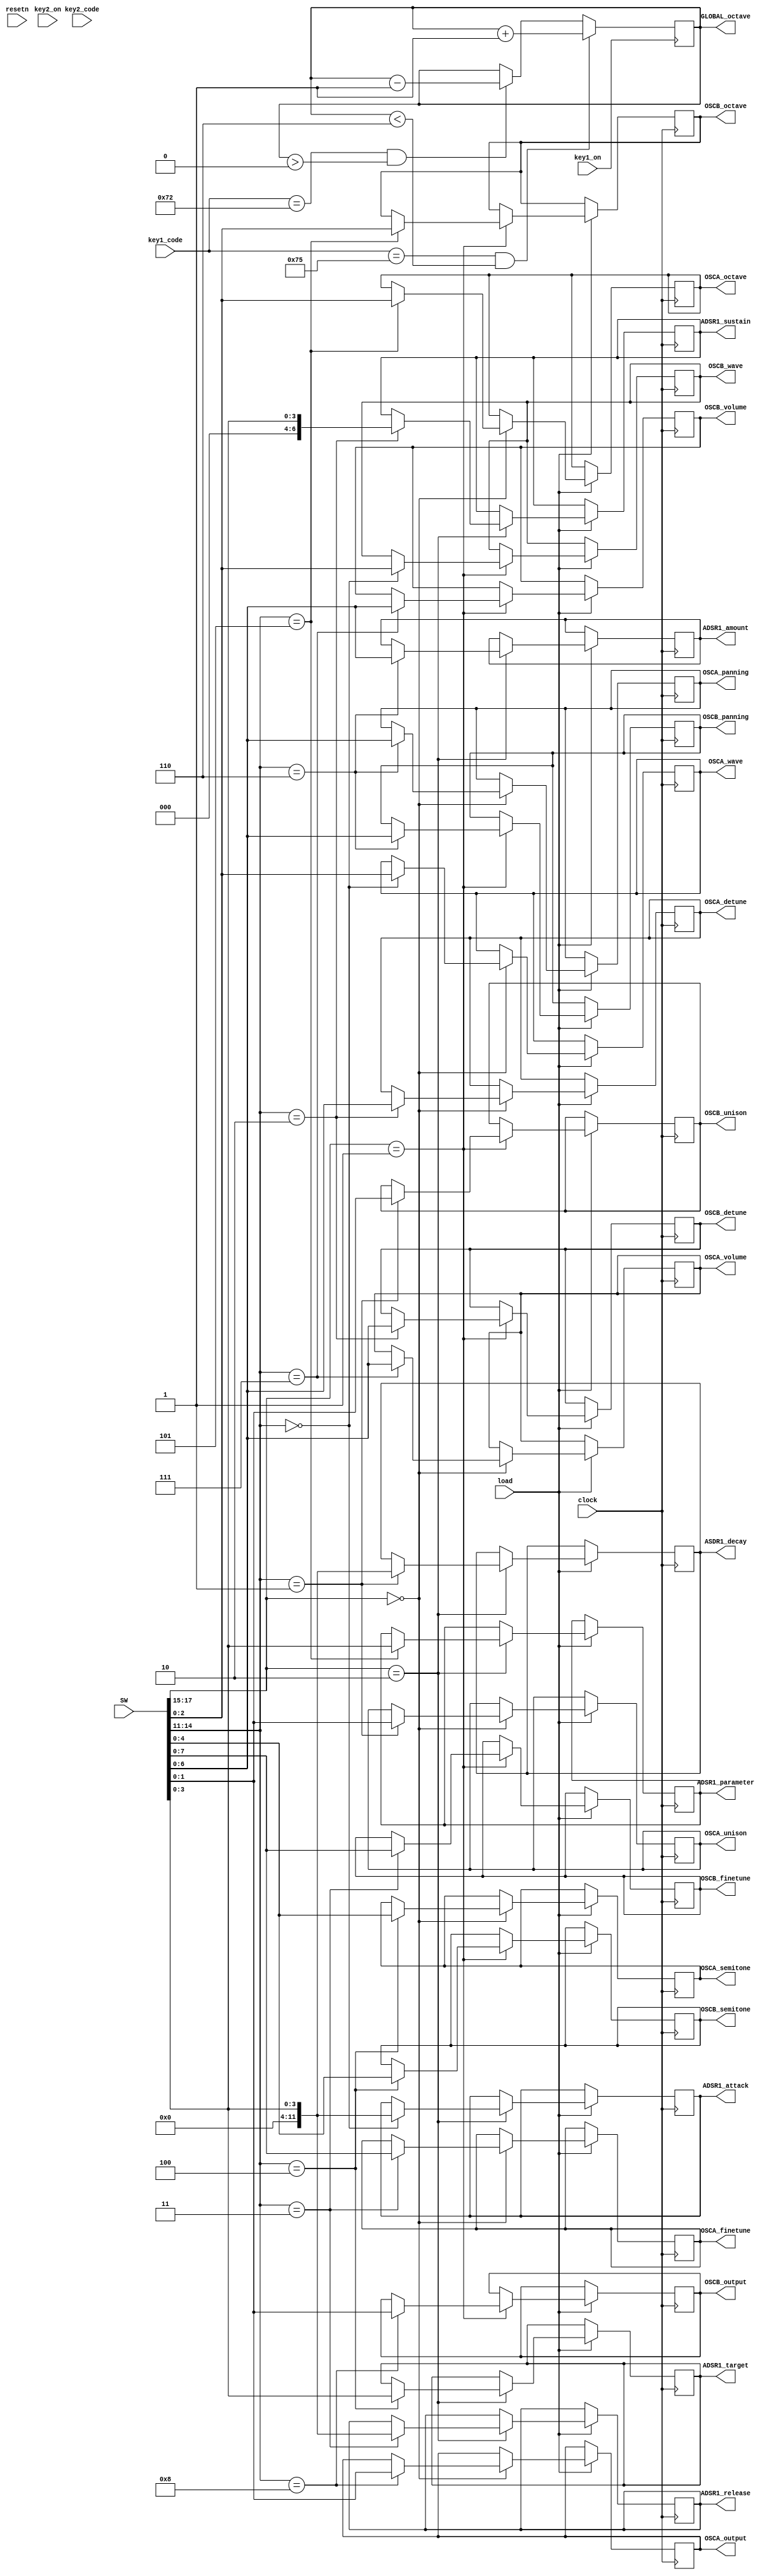
module synthesizer_state(input clock,
                         input [17:0] SW,
                         input load,                       // Active high
                         input resetn,                     // Active low
                         input key1_on,
                         input [7:0] key1_code,
                         input key2_on,
                         input [7:0] key2_code,
                         output reg [2:0] GLOBAL_octave,
                         output reg [2:0] OSCA_wave,
                         output reg [1:0] OSCA_unison,
                         output reg [6:0] OSCA_detune,
                         output reg [7:0] OSCA_finetune,
                         output reg [4:0] OSCA_semitone,
                         output reg [2:0] OSCA_octave,
                         output reg [6:0] OSCA_panning,
                         output reg [6:0] OSCA_volume,
                         output reg [1:0] OSCA_output,
                         output reg [2:0] OSCB_wave,
                         output reg [1:0] OSCB_unison,
                         output reg [6:0] OSCB_detune,
                         output reg [7:0] OSCB_finetune,
                         output reg [4:0] OSCB_semitone,
                         output reg [2:0] OSCB_octave,
                         output reg [6:0] OSCB_panning,
                         output reg [6:0] OSCB_volume,
                         output reg [1:0] OSCB_output,
                         output reg [11:0] ADSR1_attack,
                         output reg [11:0] ASDR1_decay,
                         output reg [6:0] ADSR1_sustain,
                         output reg [11:0] ADSR1_release,
                         output reg [3:0] ADSR1_target,
                         output reg [3:0] ADSR1_parameter,
                         output reg [6:0] ADSR1_amount);
    // Module selection types
    localparam
    SELECT_OSCA = 3'b000,
    SELECT_OSCB = 3'b001,
    SELECT_ASDR1 = 3'b010;
    
    // Oscillator selection types
    localparam
    SELECT_OSC_WAVE = 4'b0000,
    SELECT_OSC_UNISON = 4'b0001,
    SELECT_OSC_DETUNE = 4'b0010,
    SELECT_OSC_FINETUNE = 4'b0011,
    SELECT_OSC_SEMITONE = 4'b0100,
    SELECT_OSC_OCTAVE = 4'b0101,
    SELECT_OSC_PANNING = 4'b0110,
    SELECT_OSC_VOLUME = 4'b0111,
    SELECT_OSC_OUTPUT = 4'b1000;
    
    // ADSR selection types
    localparam
    SELECT_ADSR_ATTACK = 4'b0000,
    SELECT_ADSR_DECAY = 4'b0001,
    SELECT_ADSR_SUSTAIN = 4'b0010,
    SELECT_ADSR_RELEASE = 4'b0011,
    SELECT_ADSR_TARGET = 4'b0100,
    SELECT_ADSR_PARAM = 4'b0101,
    SELECT_ADSR_AMOUNT = 4'b0110;
    
    // Selection wires
    wire [2:0] module_select;
    assign module_select = SW[17:15];
    
    wire [3:0] parameter_select;
    assign parameter_select = SW[14:11];
    
    wire [10:0] curr_selection;
    assign curr_selection = SW[10:0];
    
    initial begin
        GLOBAL_octave = 3'b100;
        
        OSCA_wave     = 3'b000;
        OSCA_unison   = 2'b00;
        OSCA_detune   = 7'b0110010;
        OSCA_finetune = 8'b01100101;
        OSCA_semitone = 5'b01101;
        OSCA_octave   = 3'b100;
        OSCA_panning  = 7'b0110011;
        OSCA_volume   = 7'b1100101; //TODO adjust these
        OSCA_output   = 2'b01;
        
        OSCB_wave     = 3'b000;
        OSCB_unison   = 2'b00;
        OSCB_detune   = 7'b0110010;
        OSCB_finetune = 8'b01100101;
        OSCB_semitone = 5'b01101;
        OSCB_octave   = 3'b100;
        OSCB_panning  = 7'b0110011;
        OSCB_volume   = 7'b1100101;
        OSCB_output   = 2'b01;
        
        // TODO: these are guessed, pick some nice default values
        ADSR1_attack    = 4'b0100;
        ASDR1_decay     = 4'b0100;
        ADSR1_sustain   = 4'b1111;
        ADSR1_release   = 4'b0100;
        ADSR1_target    = 2'b00;
        ADSR1_parameter = 4'b000;
        ADSR1_amount    = 7'b1100101;
    end
    
    always @(posedge clock) begin
        // Load values
        if (load) begin
            case(module_select)
                SELECT_OSCA: begin
                    case(parameter_select)
                        SELECT_OSC_WAVE: OSCA_wave         <= curr_selection[2:0];
                        SELECT_OSC_UNISON: OSCA_unison     <= curr_selection[1:0];
                        SELECT_OSC_DETUNE: OSCA_detune     <= curr_selection[6:0];
                        SELECT_OSC_FINETUNE: OSCA_finetune <= curr_selection[7:0];
                        SELECT_OSC_SEMITONE: OSCA_semitone <= curr_selection[4:0];
                        SELECT_OSC_OCTAVE: OSCA_octave     <= curr_selection[2:0];
                        SELECT_OSC_PANNING: OSCA_panning   <= curr_selection[6:0];
                        SELECT_OSC_VOLUME: OSCA_volume     <= curr_selection[6:0];
                        SELECT_OSC_OUTPUT: OSCA_output     <= curr_selection[1:0];
                    endcase
                end
                SELECT_OSCB: begin
                    case(parameter_select)
                        SELECT_OSC_WAVE: OSCB_wave         <= curr_selection[2:0];
                        SELECT_OSC_UNISON: OSCB_unison     <= curr_selection[1:0];
                        SELECT_OSC_DETUNE: OSCB_detune     <= curr_selection[6:0];
                        SELECT_OSC_FINETUNE: OSCB_finetune <= curr_selection[7:0];
                        SELECT_OSC_SEMITONE: OSCB_semitone <= curr_selection[4:0];
                        SELECT_OSC_OCTAVE: OSCB_octave     <= curr_selection[2:0];
                        SELECT_OSC_PANNING: OSCB_panning   <= curr_selection[6:0];
                        SELECT_OSC_VOLUME: OSCB_volume     <= curr_selection[6:0];
                        SELECT_OSC_OUTPUT: OSCB_output     <= curr_selection[1:0];
                    endcase
                end
                SELECT_ASDR1: begin
                    case(parameter_select)
                        SELECT_ADSR_ATTACK: ADSR1_attack   <= curr_selection[3:0];
                        SELECT_ADSR_DECAY: ASDR1_decay     <= curr_selection[3:0];
                        SELECT_ADSR_SUSTAIN: ADSR1_sustain <= curr_selection[3:0];
                        SELECT_ADSR_RELEASE: ADSR1_release <= curr_selection[3:0];
                        SELECT_ADSR_TARGET: ADSR1_target   <= curr_selection[3:0];
                        SELECT_ADSR_PARAM: ADSR1_parameter <= curr_selection[3:0];
                        SELECT_ADSR_AMOUNT: ADSR1_amount   <= curr_selection[6:0];
                    endcase
                end
            endcase
        end
    end
    
    // Global octave counter
    always @(posedge key1_on)
    begin
        if (key1_on) begin
            // Up arrow and < 6 (+3)
            if (key1_code == 8'h75 & GLOBAL_octave < 3'b110) begin
                GLOBAL_octave <= GLOBAL_octave + 1'b1;
            end
            // Down arrow and > 0 (-3)
            else if (key1_code == 8'h72 & GLOBAL_octave > 3'b000) begin
            GLOBAL_octave <= GLOBAL_octave - 1'b1;
        end
    end
    end
endmodule